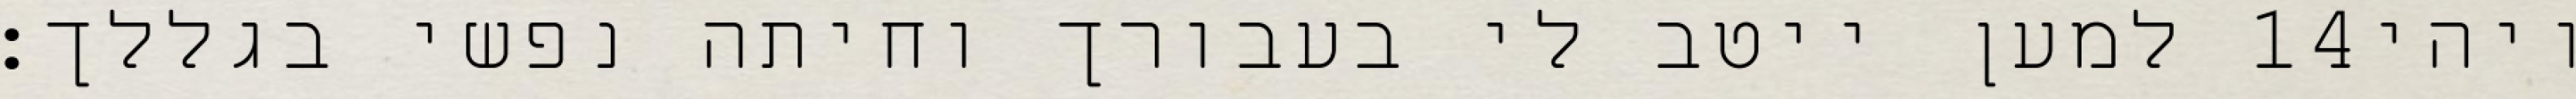
למען ייטב לי בעבורך וחיתה נפשי בגללך׃ ‎14‏ ויהי